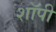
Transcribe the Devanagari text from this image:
शाॅपी